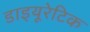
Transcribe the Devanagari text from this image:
डाइयूरेटिक